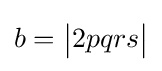
b={\bigl |}2pqrs{\bigr |}